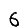
Digit: 6